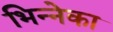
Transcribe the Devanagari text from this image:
भिन्नेका